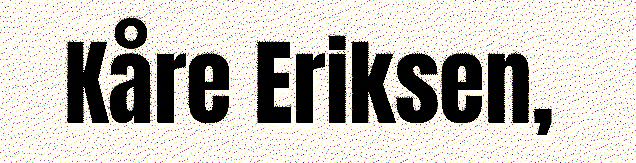
Kåre Eriksen,